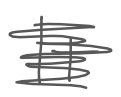
Text: It
Cross-out: scratch
Writing tool: digital_gray